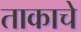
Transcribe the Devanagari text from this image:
ताकाचे